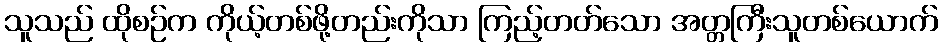
သူသည် ထိုစဉ်က ကိုယ့်တစ်ဖို့တည်းကိုသာ ကြည့်တတ်သော အတ္တကြီးသူတစ်ယောက်